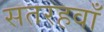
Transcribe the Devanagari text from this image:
सतरहवॉं